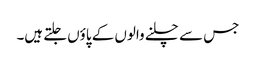
جس سے چلنے والوں کے پاؤں جلتے ہیں۔